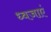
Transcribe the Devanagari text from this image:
ध्वजाएं